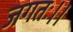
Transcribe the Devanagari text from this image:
जगतः।।